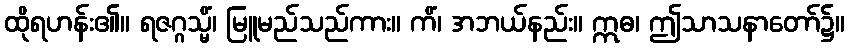
ထိုရဟန်း၏။ ရဇဂ္ဂသ္မိံ၊ မြူမည်သည်ကား။ ကိံ၊ အဘယ်နည်း။ ဣဓ၊ ဤသာသနာတော်၌။